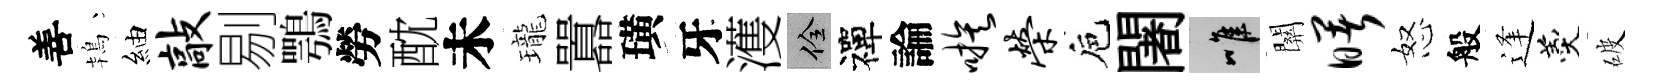
善鴇紬敲剔鶚勞酖未瓏囂璜牙濩佺禪論嗾荣巵闍唯關曙怒般逢羹破